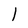
Character: 1